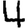
Digit: 4